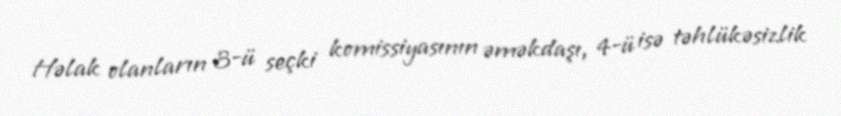
Həlak olanların 3-ü seçki komissiyasının əməkdaşı, 4-ü isə təhlükəsizlik